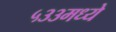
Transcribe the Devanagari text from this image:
५३३मध्ये